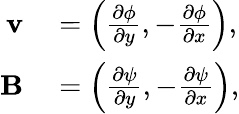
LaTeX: \begin{array}{rl}{\mathbf{v}}&{{}=\left(\frac{\partial\phi}{\partial y},-\frac{\partial\phi}{\partial x}\right),}\\ {\mathbf{B}}&{{}=\left(\frac{\partial\psi}{\partial y},-\frac{\partial\psi}{\partial x}\right),}\end{array}